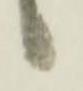
候